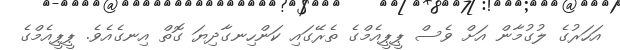
އަހަރުގެ ލުގުމާން އަށް ވެސް ޕީޕީއެމްގެ ތެރޭގައި ކަންހިނގާދިޔަ ގޮތް އިނގެއެވެ. ޕީޕީއެމްގެ